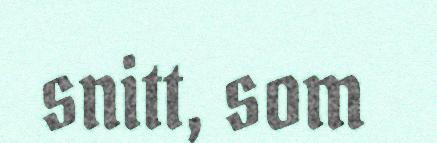
snitt, som